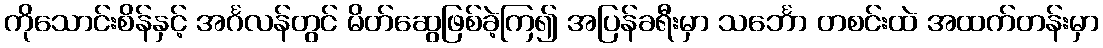
ကိုသောင်းစိန်နှင့် အင်္ဂလန်တွင် မိတ်ဆွေဖြစ်ခဲ့ကြ၍ အပြန်ခရီးမှာ သင်္ဘော တစင်းထဲ အထက်တန်းမှာ